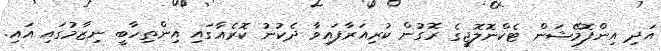
އަދި އިންފޮމޭޝަން ޓެކްނޮލޮޖީގެ ރޮގުން ކުރިއަރާފައިވާ ދެކުނު ކޮރެއާގައި އިންތިހާބީ ނިޒާމުގައި އައި.